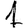
Digit: 1